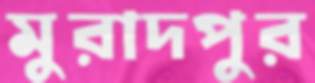
মুরাদপুর